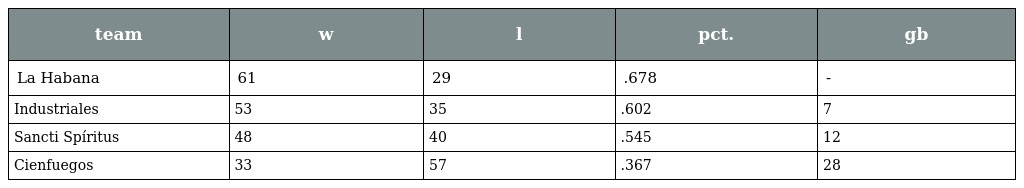
| team | w | l | pct. | gb |
 | --- | --- | --- | --- | --- |
 | La Habana | 61 | 29 | .678 | - |
 | Industriales | 53 | 35 | .602 | 7 |
 | Sancti Spíritus | 48 | 40 | .545 | 12 |
 | Cienfuegos | 33 | 57 | .367 | 28 |